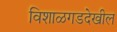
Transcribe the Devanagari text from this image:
विशाळगडदेखील